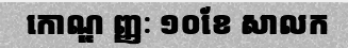
កោណ្ឌ ញ្ញៈ ១០ខែ សាលក